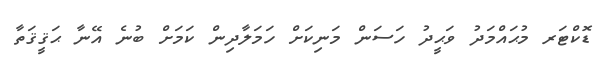
ޑޮކްޓަރ މުޙައްމަދު ވަޙީދު ހަސަން މަނިކަށް ހަމަލާދިން ކަމަށް ބުނެ އޭނާ ޙަޤީޤަތާ